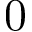
0